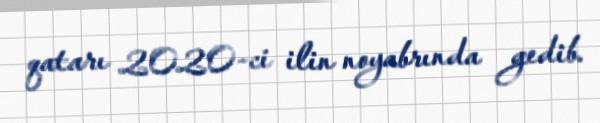
qatarı 2020-ci ilin noyabrında gedib.